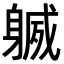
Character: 𨉧